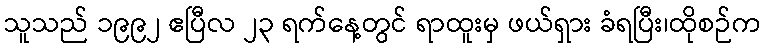
သူသည် ၁၉၉၂ ဧပြီလ ၂၃ ရက်နေ့တွင် ရာထူးမှ ဖယ်ရှား ခံရပြီး၊ထိုစဉ်က